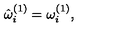
{ \hat { \omega } } _ { i } ^ { ( 1 ) } = \omega _ { i } ^ { ( 1 ) } , \,